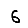
Digit: 6